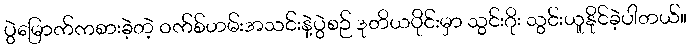
ပွဲမြောက်ကစားခဲ့တဲ့ ဝက်စ်ဟမ်းအသင်းနဲ့ပွဲစဉ် ဒုတိယပိုင်းမှာ သွင်းဂိုး သွင်းယူနိုင်ခဲ့ပါတယ်။